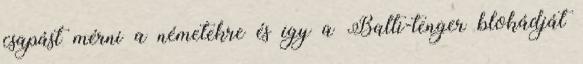
csapást mérni a németekre és így a Balti-tenger blokádját